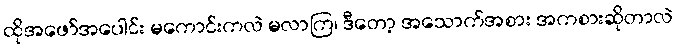
ထိုအဖော်အပေါင်း မကောင်းကလဲ မလာကြ၊ ဒီတော့ အသောက်အစား အကစားဆိုတာလဲ